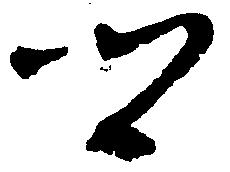
郷